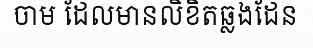
ចាម ដែលមានលិខិតឆ្លងដែន